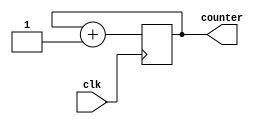
`ifndef MODULE_RING_COUNTER
`define MODULE_RING_COUNTER
`timescale 1ns / 1ps

module RingCounter(
    input               clk,
    output reg  [1:0]   counter
);
    initial begin
        counter = 2'b0;
    end

    always @(posedge clk) begin
        counter = counter + 1;
    end
endmodule

`endif // MODULE_RING_COUNTER